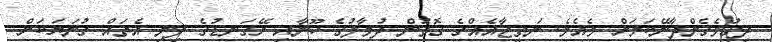
ދިގުވެގެންދާނޭކަމަށް ވެއެވެ. ނަތީޖާއެއްގެ ގޮތުން ދުވާލުގެ ހޫނާއި ރޭގަނޑުގެ ފިނި އެތައް ގުނަޔަކަށް